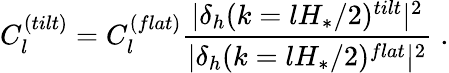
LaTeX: C_{l}^{(tilt)}=C_{l}^{(flat)}\frac{|\delta_{h}(k=lH_{*}/2)^{tilt}|^{2}}{|\delta_{h}(k=lH_{*}/2)^{flat}|^{2}}\; .